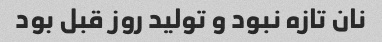
نان تازه نبود و تولید روز قبل بود